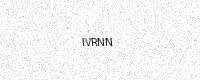
Text: IVRNN